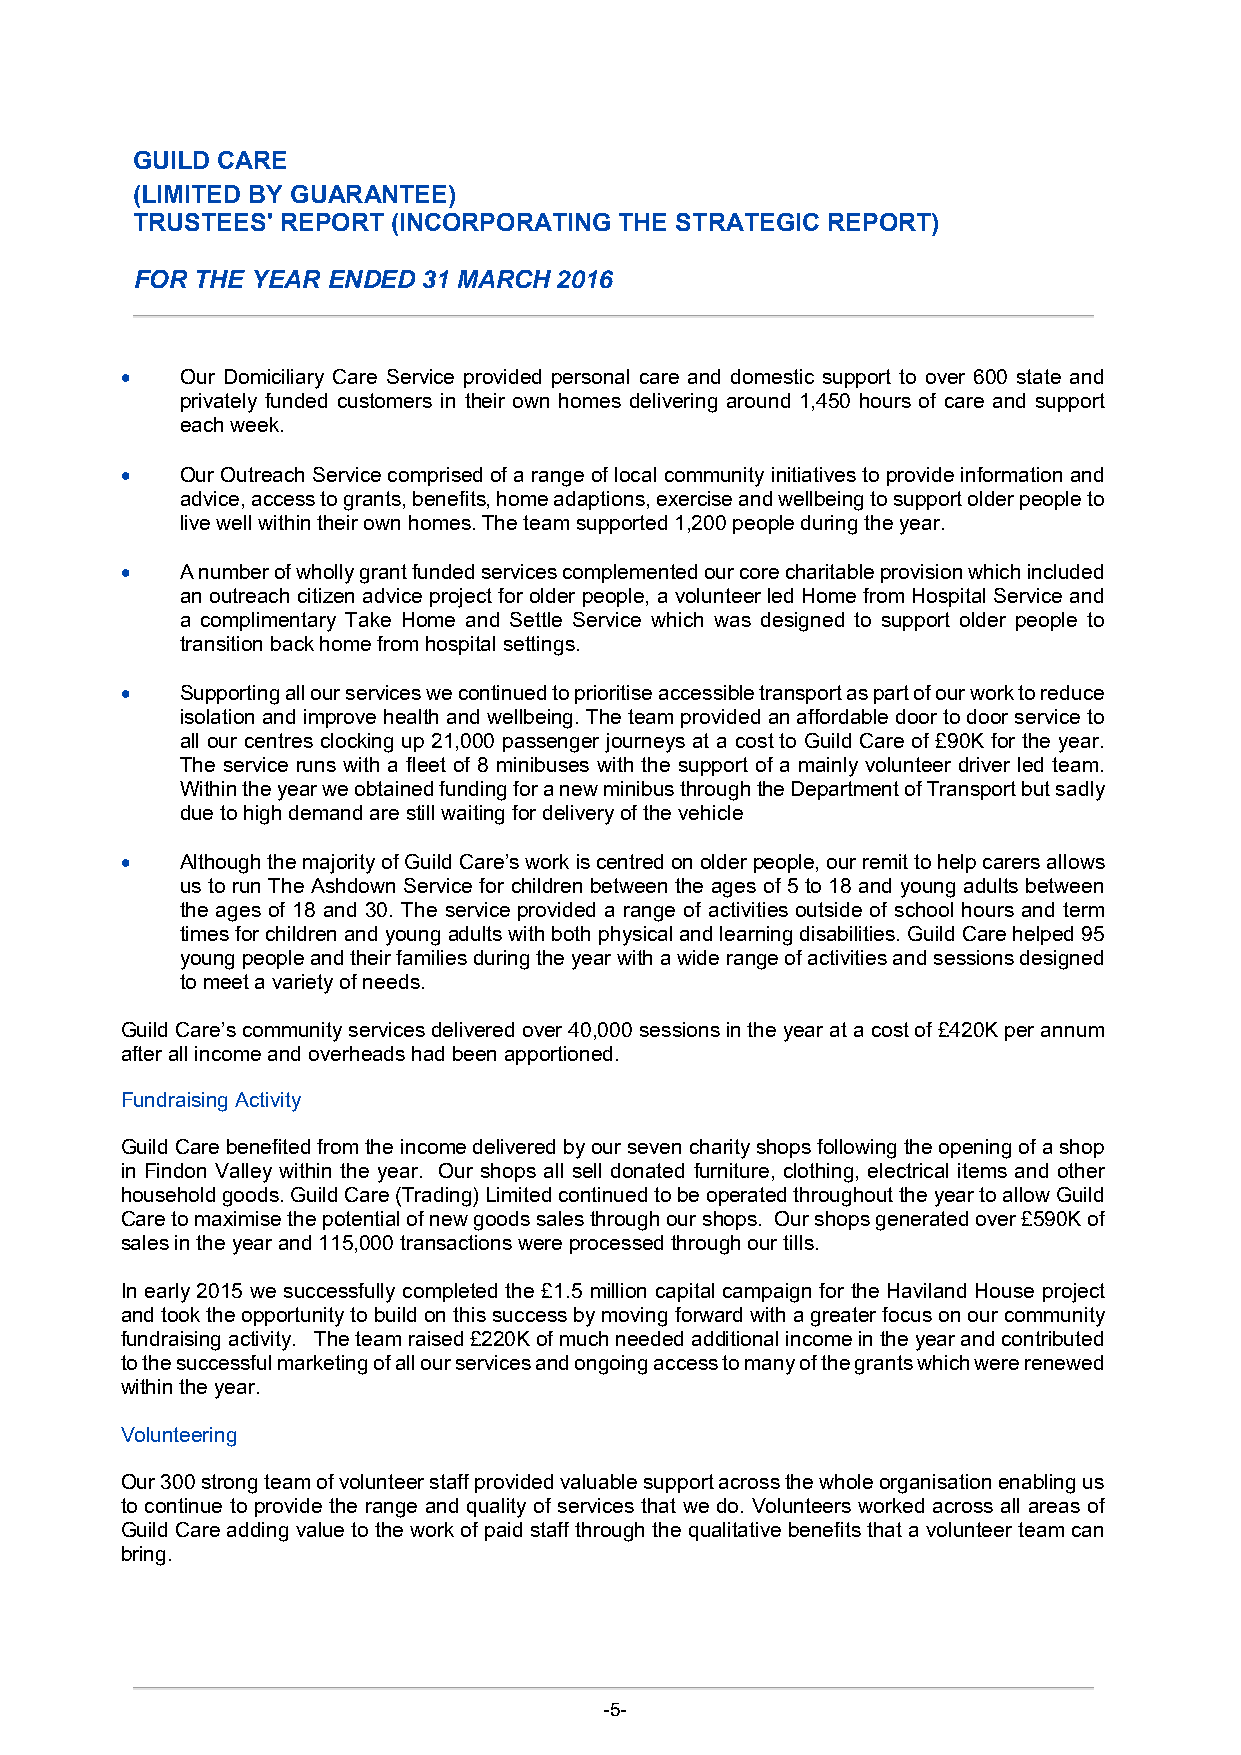
GUILD CARE
 (LIMITED BY GUARANTEE)
 TRUSTEES' REPORT (INCORPORATING THE STRATEGIC REPORT)
 FOR THE YEAR ENDED 31 MARCH 2016
    Our Domiciliary Care Service provided personal care and domestic support to over 600 state and
 privately funded customers in their own homes delivering around 1,450 hours of care and support
 each week.
    Our Outreach Service comprised of a range of local community initiatives to provide information and
 advice, access to grants, benefits, home adaptions, exercise and wellbeing to support older people to
 live well within their own homes. The team supported 1,200 people during the year.
    A number of wholly grant funded services complemented our core charitable provision which included
 an outreach citizen advice project for older people, a volunteer led Home from Hospital Service and
 a complimentary Take Home and Settle Service which was designed to support older people to
 transition back home from hospital settings.
    Supporting all our services we continued to prioritise accessible transport as part of our work to reduce
 isolation and improve health and wellbeing. The team provided an affordable door to door service to
 all our centres clocking up 21,000 passenger journeys at a cost to Guild Care of £90K for the year.
 The service runs with a fleet of 8 minibuses with the support of a mainly volunteer driver led team.
 Within the year we obtained funding for a new minibus through the Department of Transport but sadly
 due to high demand are still waiting for delivery of the vehicle
    Although the majority of Guild Care’s work is centred on older people, our remit to help carers allows
 us to run The Ashdown Service for children between the ages of 5 to 18 and young adults between
 the ages of 18 and 30. The service provided a range of activities outside of school hours and term
 times for children and young adults with both physical and learning disabilities. Guild Care helped 95
 young people and their families during the year with a wide range of activities and sessions designed
 to meet a variety of needs.
 Guild Care’s community services delivered over 40,000 sessions in the year at a cost of £420K per annum
 after all income and overheads had been apportioned.
 Fundraising Activity
 Guild Care benefited from the income delivered by our seven charity shops following the opening of a shop
 in Findon Valley within the year. Our shops all sell donated furniture, clothing, electrical items and other
 household goods. Guild Care (Trading) Limited continued to be operated throughout the year to allow Guild
 Care to maximise the potential of new goods sales through our shops. Our shops generated over £590K of
 sales in the year and 115,000 transactions were processed through our tills.
 In early 2015 we successfully completed the £1.5 million capital campaign for the Haviland House project
 and took the opportunity to build on this success by moving forward with a greater focus on our community
 fundraising activity. The team raised £220K of much needed additional income in the year and contributed
 to the successful marketing of all our services and ongoing access to many of the grants which were renewed
 within the year.
 Volunteering
 Our 300 strong team of volunteer staff provided valuable support across the whole organisation enabling us
 to continue to provide the range and quality of services that we do. Volunteers worked across all areas of
 Guild Care adding value to the work of paid staff through the qualitative benefits that a volunteer team can
 bring.
 -5-